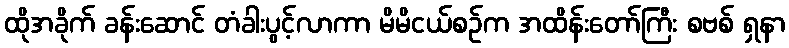
ထိုအခိုက် ခန်းဆောင် တံခါးပွင့်လာကာ မိမိငယ်စဉ်က အထိန်းတော်ကြီး စဗစ် ရှနာ